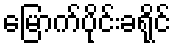
မြောက်ပိုင်းခရိုင်